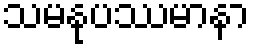
သမနုပဿမာနာ